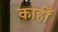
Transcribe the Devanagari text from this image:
काहीँ